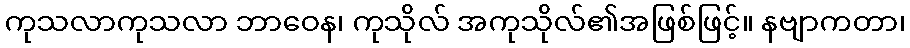
ကုသလာကုသလာ ဘာဝေန၊ ကုသိုလ် အကုသိုလ်၏အဖြစ်ဖြင့်။ နဗျာကတာ၊